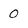
Character: 0